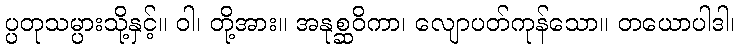
ပ္ပတုသမ္ပားသို့နှင့်။ ဝါ၊ တို့အား။ အနုစ္ဆဝိကာ၊ လျောပတ်ကုန်သော။ တယောပါဒါ၊